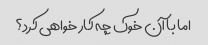
اما با آن خوک چه کار خواهی کرد؟